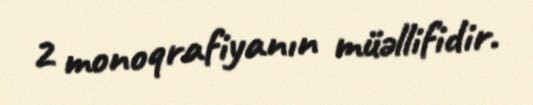
2 monoqrafiyanın müəllifidir.